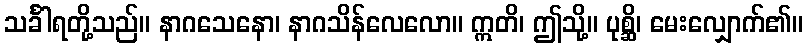
သင်္ခါရတို့သည်။ နာဂသေနော၊ နာဂသိန်လေလော။ ဣတိ၊ ဤသို့။ ပုစ္ဆိ၊ မေးလျှောက်၏။